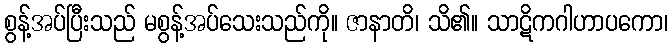
စွန့်အပ်ပြီးသည် မစွန့်အပ်သေးသည်ကို။ ဇာနာတိ၊ သိ၏။ သာဋိကဂါဟာပကော၊